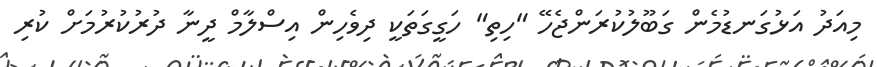
މިއަދު އަޅުގަނޑުމެން ގަބޫލުކުރަންޖެހޭ "ހިތި" ހަގީގަތަކީ ދިވެހިން އިސްލާމް ދީނާ ދުރުކުރުމަށް ކުރި